Senior Leaving Certificate Examination (including Day School Certificate (Higher) General paper), 1948
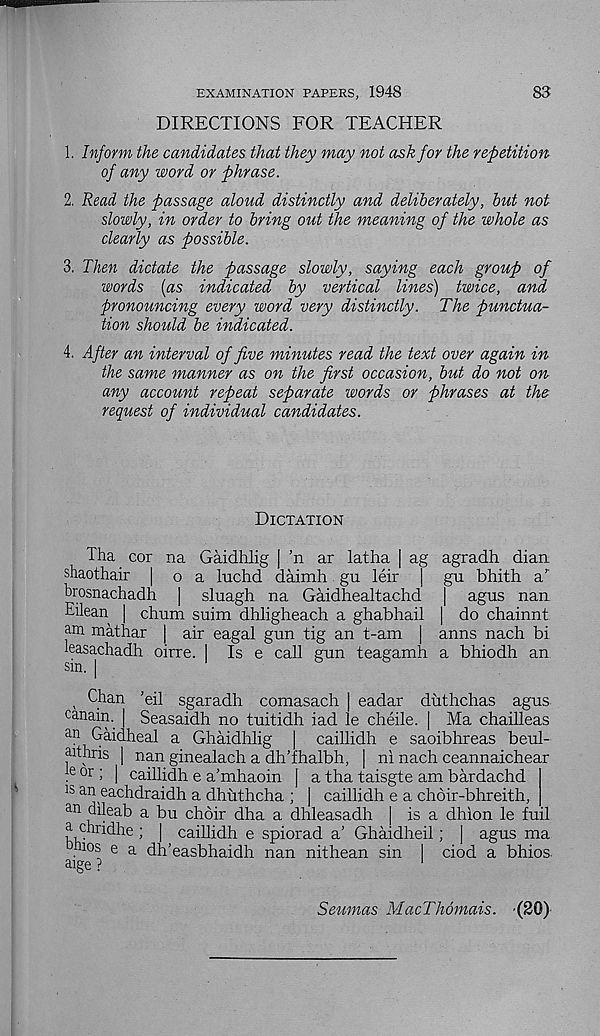
EXAMINATION PAPERS, 1948
83
DIRECTIONS FOR TEACHER
1. Inform the candidates that they may not ask for the repetition-
of any word or phrase.
2. Read the passage aloud distinctly and deliberately, but not
slowly, in order to bring out the meaning of the whole as
clearly as possible.
3. Then dictate the passage slowly, saying each group of
words [as indicated by vertical lines) twice, and
pronouncing every word very distinctly. The punctua-
tion should be indicated.
4. After an interval of five minutes read the text over again in
the same manner as on the first occasion, but do not on
any account repeat separate words or phrases at the
request of individual candidates.
Dictation
Tha cor na Gaidhlig | ’n ar latha | ag agradh dian
shaothair | o a luchd daimh gu leir ] gu bhith a’'
brosnachadh | sluagh na Gaidhealtachd | agus nan
Eilean [ chum suim dhligheach a ghabhail | do chainnt
am mathar | air eagal gun tig an t-am | anns nach bi
leasachadh oirre. I Is e call gun teagamh a bhiodh an
sm. |
, Chan ’eil sgaradh comasach | eadar duthchas agus
canain.
Seasaidh no tuitidh iad le cheile. | Ma chailleas
an Gaidheal a Ghaidhlig | caillidh e saoibhreas beul-
aithris | nan ginealach a dlTfhalbh, | ni nach ceannaichear
le or ; I caillidh e a’mhaoin | a tha taisgte am bardachd
15 an eachdraidh a dhuthcha ; | caillidh e a chdir-bhreith,
an dileab a bu choir dha a dhleasadh j is a dhion le fuil
a chridhe ; | caillidh e spiorad a’ Ghaidheil; | agus ma
bios e a dh’easbhaidh nan nithean sin I ciod a bhios.
aige ?
1
Seumas MacThomais. (20)